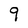
Character: 9